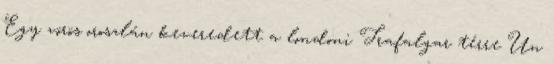
Egy vörös oroszlán keveredett a londoni Trafalgar térre Un